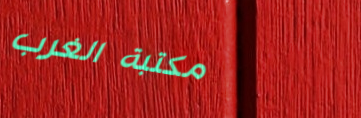
مكتبة الغرب